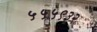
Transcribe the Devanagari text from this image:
५५५९३२